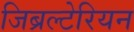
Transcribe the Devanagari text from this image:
जिब्रल्टेरियन